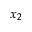
x _ { 2 }